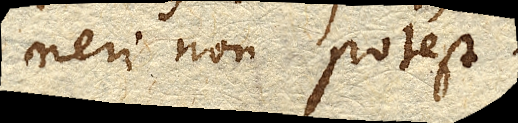
neri non potest.